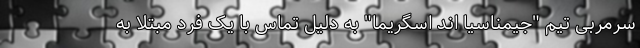
سرمربی تیم "جیمناسیا اند اسگریما" به دلیل تماس با یک فرد مبتلا به